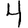
Digit: 4